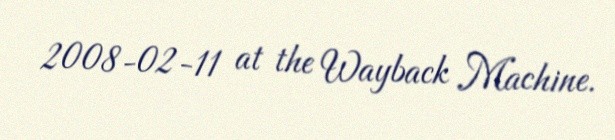
2008-02-11 at the Wayback Machine.